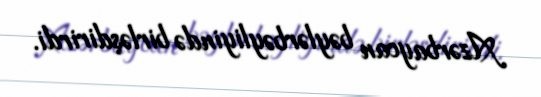
Azərbaycan bəylərbəyliyində birləşdirirdi.